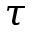
\tau